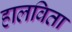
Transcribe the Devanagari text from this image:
हालविता